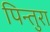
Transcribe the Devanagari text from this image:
पिन्तुरा